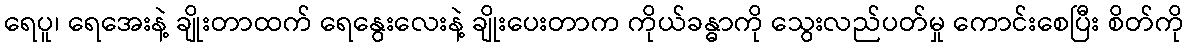
ရေပူ၊ ရေအေးနဲ့ ချိုးတာထက် ရေနွေးလေးနဲ့ ချိုးပေးတာက ကိုယ်ခန္ဓာကို သွေးလည်ပတ်မှု ကောင်းစေပြီး စိတ်ကို